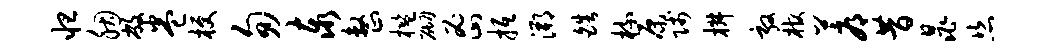
怛胭敝卷梗匆泰整槛砌密抵溯皓梳原贱椒敦棺蓐昔晁恣